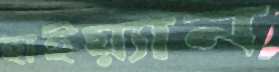
হাইয়্যান